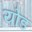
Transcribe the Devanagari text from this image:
योड